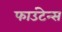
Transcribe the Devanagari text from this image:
फाउंटेन्स